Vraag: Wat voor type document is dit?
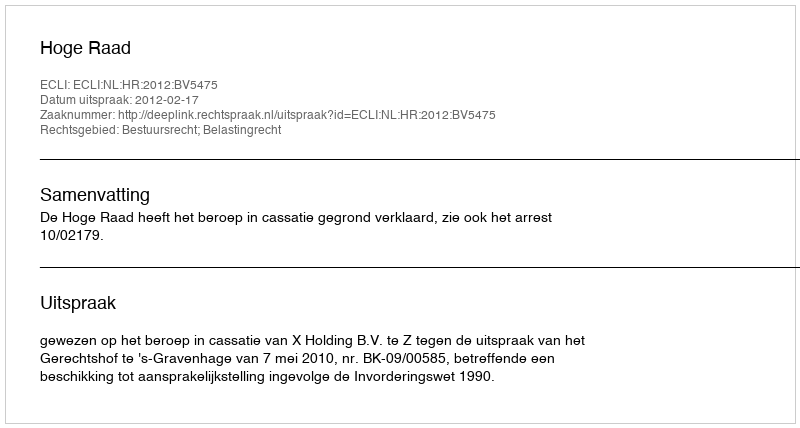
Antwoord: Uitspraak